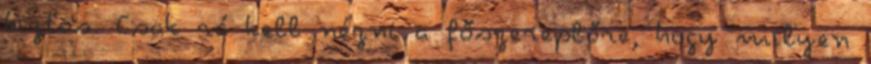
biztos. Csak rá kell nézni a főszereplőre, hogy milyen